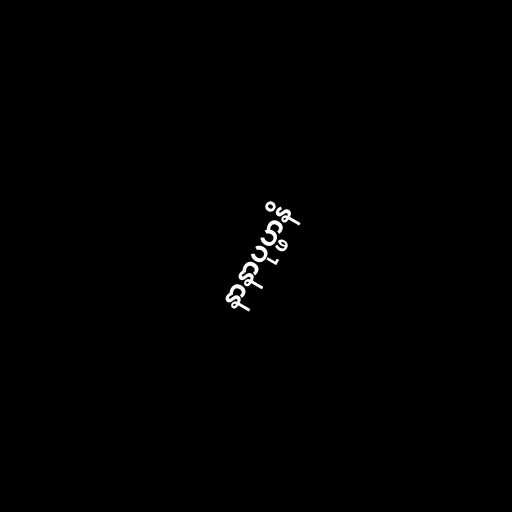
နာနာပုပ္ဖာနိ